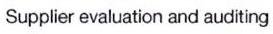
Supplier evaluation and auditing